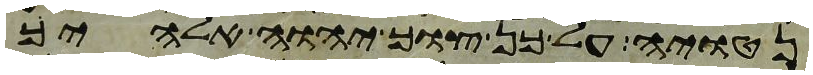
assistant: נטויה על כן צוך יהוה אלהיך